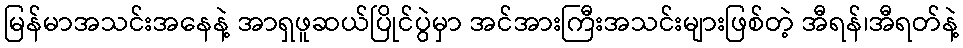
မြန်မာအသင်းအနေနဲ့ အာရှဖူဆယ်ပြိုင်ပွဲမှာ အင်အားကြီးအသင်းများဖြစ်တဲ့ အီရန်၊အီရတ်နဲ့